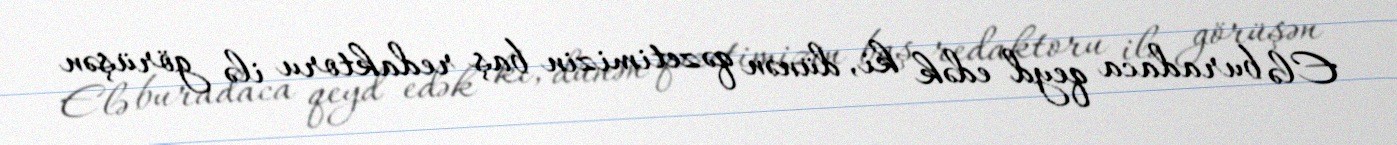
Elə buradaca qeyd edək ki, dünən qəzetimizin baş redaktoru ilə görüşən